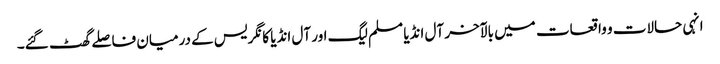
انہی حالات و واقعات میں بالآخر آل انڈیا مسلم لیگ اور آل انڈیا کانگریس کے درمیان فاصلے گھٹ گئے۔